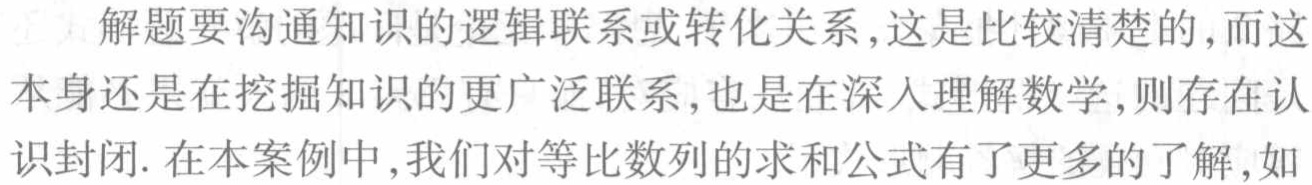
解题要沟通知识的逻辑联系或转化关系,这是比较清楚的,而这本身还是在挖掘知识的更广泛联系,也是在深入理解数学,则存在认识封闭. 在本案例中,我们对等比数列的求和公式有了更多的了解,如